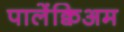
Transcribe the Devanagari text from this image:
पालेंक्विअम